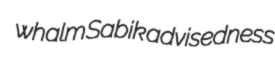
whalm Sabik advisedness